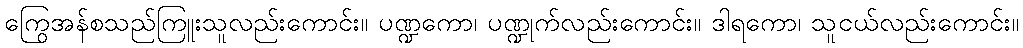
ကြွေအန်စသည်ကြူးသူလည်းကောင်း။ ပဏ္ဍကော၊ ပဏ္ဍုက်လည်းကောင်း။ ဒါရကော၊ သူငယ်လည်းကောင်း။